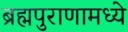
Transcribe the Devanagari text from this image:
ब्रह्मपुराणामध्ये